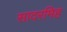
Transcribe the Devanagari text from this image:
सादरमिह